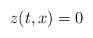
LaTeX: \begin{align*} z(t,x) = 0\end{align*}